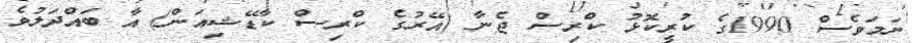
ނަމަވެސް 1990ގެ ކުރީކޮޅު ކްރިސް ޖެނާ (އޭރުގެ ކްރިސް ކާޑޭޝިއަން) އާ ބައްދަލުވެ